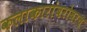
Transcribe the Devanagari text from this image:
कलाकारांबरोबरच